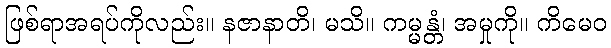
ဖြစ်ရာအရပ်ကိုလည်း။ နဇာနာတိ၊ မသိ။ ကမ္မန္တံ၊ အမှုကို။ ကိမေဝ